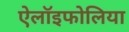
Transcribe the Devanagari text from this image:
ऐलॉइफोलिया